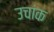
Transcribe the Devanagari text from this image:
उचांक